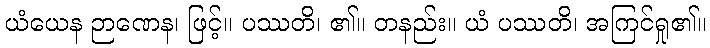
ယံယေန ဉာဏေန၊ ဖြင့်။ ပဿတိ၊ ၏။ တနည်း။ ယံ ပဿတိ၊ အကြင်ရှု၏။